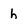
Character: h